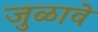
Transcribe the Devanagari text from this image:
जुळावे